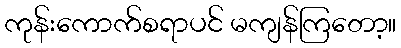
ကုန်းကောက်စရာပင် မကျန်ကြတော့။